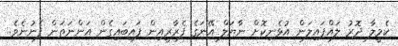
ކެމީލާ ދޮރު ލައްޕައިލަން އުޅެނިކޮށް ނާޔަލް އޭނަގެ ފެރާރީއިން ފައިބައިގެން އަންނަތަން ފެނުނެވެ.